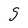
Character: S